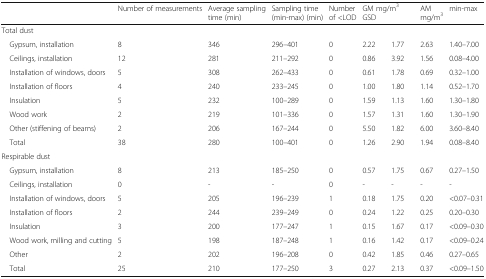
<table><thead><tr><td></td><td><b>Number of measurements</b></td><td><b>Average sampling time (min)</b></td><td><b>Sampling time (min-max) (min)</b></td><td><b>Number of &lt;LOD</b></td><td colspan="2"><b>GM mg/m<sup>3</sup> GSD</b></td><td><b>AM mg/m<sup>3</sup></b></td><td><b>min-max</b></td></tr></thead><tbody><tr><td colspan="9">Total dust</td></tr><tr><td> Gypsum, installation</td><td>8</td><td>346</td><td>296–401</td><td>0</td><td>2.22</td><td>1.77</td><td>2.63</td><td>1.40–7.00</td></tr><tr><td> Ceilings, installation</td><td>12</td><td>281</td><td>211–292</td><td>0</td><td>0.86</td><td>3.92</td><td>1.56</td><td>0.08–4.00</td></tr><tr><td> Installation of windows, doors</td><td>5</td><td>308</td><td>262–433</td><td>0</td><td>0.61</td><td>1.78</td><td>0.69</td><td>0.32–1.00</td></tr><tr><td> Installation of floors</td><td>4</td><td>240</td><td>233–245</td><td>0</td><td>1.00</td><td>1.80</td><td>1.14</td><td>0.52–1.70</td></tr><tr><td> Insulation</td><td>5</td><td>232</td><td>100–289</td><td>0</td><td>1.59</td><td>1.13</td><td>1.60</td><td>1.30–1.80</td></tr><tr><td> Wood work</td><td>2</td><td>219</td><td>101–336</td><td>0</td><td>1.57</td><td>1.31</td><td>1.60</td><td>1.30–1.90</td></tr><tr><td> Other (stiffening of beams)</td><td>2</td><td>206</td><td>167–244</td><td>0</td><td>5.50</td><td>1.82</td><td>6.00</td><td>3.60–8.40</td></tr><tr><td> Total</td><td>38</td><td>280</td><td>100–401</td><td>0</td><td>1.26</td><td>2.90</td><td>1.94</td><td>0.08–8.40</td></tr><tr><td colspan="9">Respirable dust</td></tr><tr><td> Gypsum, installation</td><td>8</td><td>213</td><td>185–250</td><td>0</td><td>0.57</td><td>1.75</td><td>0.67</td><td>0.27–1.50</td></tr><tr><td> Ceilings, installation</td><td>0</td><td>-</td><td>-</td><td>0</td><td>-</td><td>-</td><td>-</td><td>-</td></tr><tr><td> Installation of windows, doors</td><td>5</td><td>205</td><td>196–239</td><td>1</td><td>0.18</td><td>1.75</td><td>0.20</td><td>&lt;0.07–0.31</td></tr><tr><td> Installation of floors</td><td>2</td><td>244</td><td>239–249</td><td>0</td><td>0.24</td><td>1.22</td><td>0.25</td><td>0.20–0.30</td></tr><tr><td> Insulation</td><td>3</td><td>200</td><td>177–247</td><td>1</td><td>0.15</td><td>1.67</td><td>0.17</td><td>&lt;0.09–0.30</td></tr><tr><td> Wood work, milling and cutting</td><td>5</td><td>198</td><td>187–248</td><td>1</td><td>0.16</td><td>1.42</td><td>0.17</td><td>&lt;0.09–0.24</td></tr><tr><td> Other</td><td>2</td><td>202</td><td>196–208</td><td>0</td><td>0.42</td><td>1.85</td><td>0.46</td><td>0.27–0.65</td></tr><tr><td> Total</td><td>25</td><td>210</td><td>177–250</td><td>3</td><td>0.27</td><td>2.13</td><td>0.37</td><td>&lt;0.09–1.50</td></tr></tbody></table>